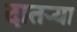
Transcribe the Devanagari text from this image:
दातर्‍या